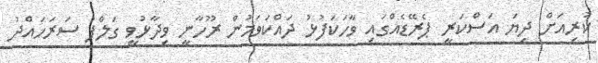
ކުރިއަށް ދިޔަ އަސްކަރީ ޕެރޭޑެއްގައި ވާހަކަފުޅު ދައްކަވަމުން ރޫހާނީ ވިދާޅުވީ ގަލްފު ސަރަހައްދު